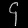
Digit: ၄